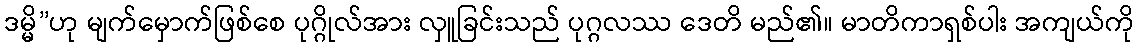
ဒမ္မိ”ဟု မျက်မှောက်ဖြစ်စေ ပုဂ္ဂိုလ်အား လှူခြင်းသည် ပုဂ္ဂလဿ ဒေတိ မည်၏။ မာတိကာရှစ်ပါး အကျယ်ကို